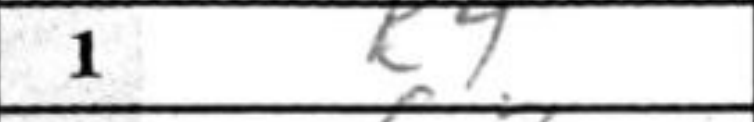
Transcription: c4